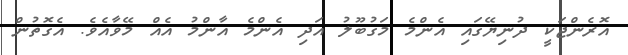
އޮރެންޖަކީ ދުނިޔޭގައި އެންމެ މަގުބޫލު އަދި އެންމެ އާންމު އެއް މޭވާއެވެ. އެގޮތުން